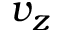
v _ { z }